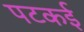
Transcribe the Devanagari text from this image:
पटकई